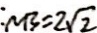
: N B = 2 \sqrt { 2 }